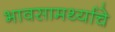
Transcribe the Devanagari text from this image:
भावसामर्थ्याचे